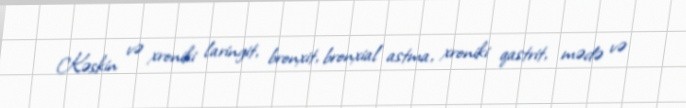
Kəskin və xroniki laringit, bronxit, bronxial astma, xroniki qastrit, mədə və